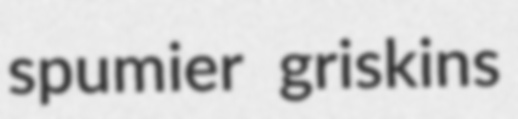
spumier griskins